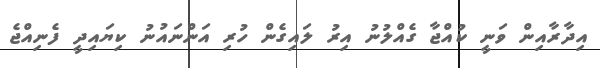
އިދާރާއިން ވަނީ ކުއްޖާ ގެއްލުނު އިރު ލައިގެން ހުރި އަންނައުނު ކިޔައިދީ ފެނިއްޖެ